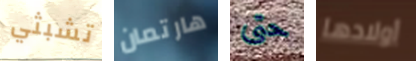
تشبثي هارتمان حتى أولادها